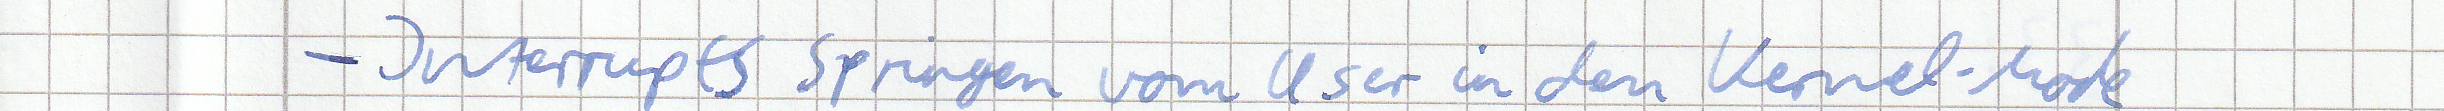
- Interrupts springen vom User in den Kernel-Mode